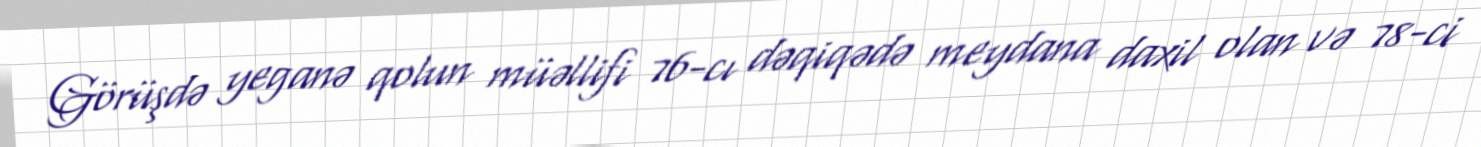
Görüşdə yeganə qolun müəllifi 76-cı dəqiqədə meydana daxil olan və 78-ci